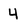
Character: 4